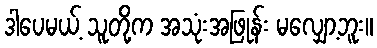
ဒါပေမယ့် သူတို့က အသုံးအဖြုန်း မလျှော့ဘူး။